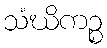
သံဃိကဉ္စ